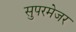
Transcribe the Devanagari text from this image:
सुपरमेजर